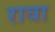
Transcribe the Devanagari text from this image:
रावा